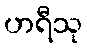
ဟရီသု